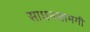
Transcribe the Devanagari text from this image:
साधनसामगी